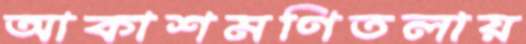
আকাশমণিতলায়